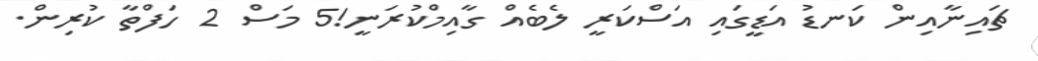
ޗައިނާއިން ކަނޑު އަޑީގައި އަސްކަރީ ލެބެއް ގާއިމްކުރަނީ!5 މަސް 2 ހަފްތާ ކުރިން.